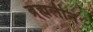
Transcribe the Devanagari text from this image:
ब्र्ह्मलीन